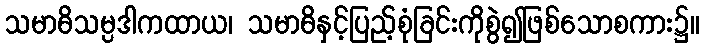
သမာဓိသမ္ပဒါကထာယ၊ သမာဓိနှင့်ပြည့်စုံခြင်းကိုစွဲ၍ဖြစ်သောစကား၌။